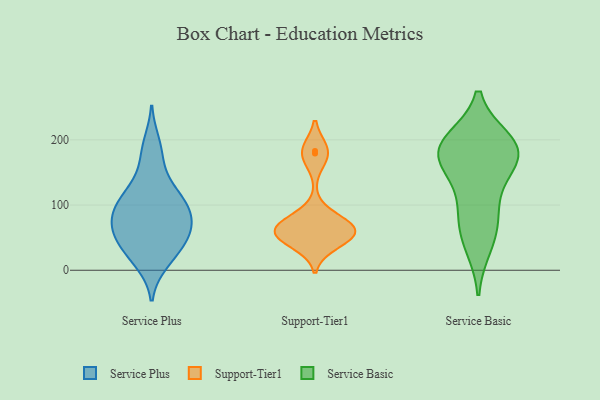
{"axis": {"x": "Revenue (USD Million)", "y": "Value"}, "legend": ["Service Basic", "Service Plus", "Support-Tier1"], "data": [{"x": "", "y": 85, "type": "Service Plus"}, {"x": "", "y": 49, "type": "Service Plus"}, {"x": "", "y": 35, "type": "Service Plus"}, {"x": "", "y": 114, "type": "Service Plus"}, {"x": "", "y": 195, "type": "Service Plus"}, {"x": "", "y": 104, "type": "Service Plus"}, {"x": "", "y": 15, "type": "Service Plus"}, {"x": "", "y": 101, "type": "Service Plus"}, {"x": "", "y": 42, "type": "Service Plus"}, {"x": "", "y": 84, "type": "Service Plus"}, {"x": "", "y": 59, "type": "Service Plus"}, {"x": "", "y": 175, "type": "Service Plus"}, {"x": "", "y": 80, "type": "Service Plus"}, {"x": "", "y": 141, "type": "Service Plus"}, {"x": "", "y": 56, "type": "Service Plus"}, {"x": "", "y": 116, "type": "Service Plus"}, {"x": "", "y": 69, "type": "Service Plus"}, {"x": "", "y": 11, "type": "Service Plus"}, {"x": "", "y": 64, "type": "Support-Tier1"}, {"x": "", "y": 42, "type": "Support-Tier1"}, {"x": "", "y": 178, "type": "Support-Tier1"}, {"x": "", "y": 53, "type": "Support-Tier1"}, {"x": "", "y": 183, "type": "Support-Tier1"}, {"x": "", "y": 81, "type": "Support-Tier1"}, {"x": "", "y": 58, "type": "Support-Tier1"}, {"x": "", "y": 57, "type": "Support-Tier1"}, {"x": "", "y": 64, "type": "Support-Tier1"}, {"x": "", "y": 179, "type": "Support-Tier1"}, {"x": "", "y": 55, "type": "Support-Tier1"}, {"x": "", "y": 64, "type": "Support-Tier1"}, {"x": "", "y": 62, "type": "Support-Tier1"}, {"x": "", "y": 171, "type": "Service Basic"}, {"x": "", "y": 191, "type": "Service Basic"}, {"x": "", "y": 111, "type": "Service Basic"}, {"x": "", "y": 185, "type": "Service Basic"}, {"x": "", "y": 158, "type": "Service Basic"}, {"x": "", "y": 38, "type": "Service Basic"}, {"x": "", "y": 191, "type": "Service Basic"}, {"x": "", "y": 174, "type": "Service Basic"}, {"x": "", "y": 61, "type": "Service Basic"}, {"x": "", "y": 84, "type": "Service Basic"}, {"x": "", "y": 198, "type": "Service Basic"}]}